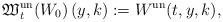
LaTeX: \begin{align*}{\frak W}^{\rm un}_t(W_0)\left(y,k\right):= W^{\rm un}(t,y,k),\end{align*}